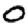
Digit: 0